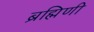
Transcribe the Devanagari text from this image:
ब्रह्मिणी